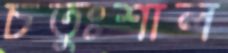
চতুঃশাল